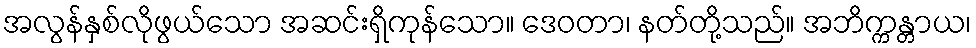
အလွန်နှစ်လိုဖွယ်သော အဆင်းရှိကုန်သော။ ဒေဝတာ၊ နတ်တို့သည်။ အဘိက္ကန္တာယ၊